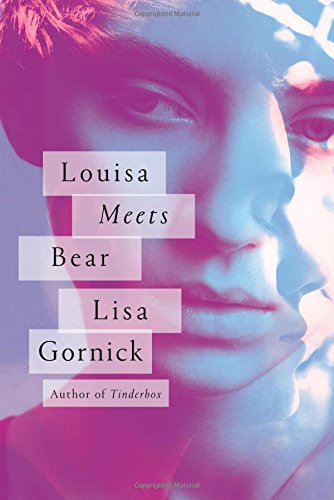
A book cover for Louisa Meets Bear: A Novel; Lisa Gornick; Literature & Fiction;